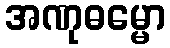
အဏုဓမ္မော